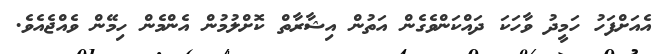
އެއަށްފަހު ހަމީދު ވާހަކަ ދައްކަންވެގެން އަތުން އިޝާރާތް ކޮށްލުމުން އެންމެން ހިމޭން ވެއްޖެއެވެ.